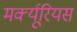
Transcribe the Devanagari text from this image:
मर्क्यूरियस